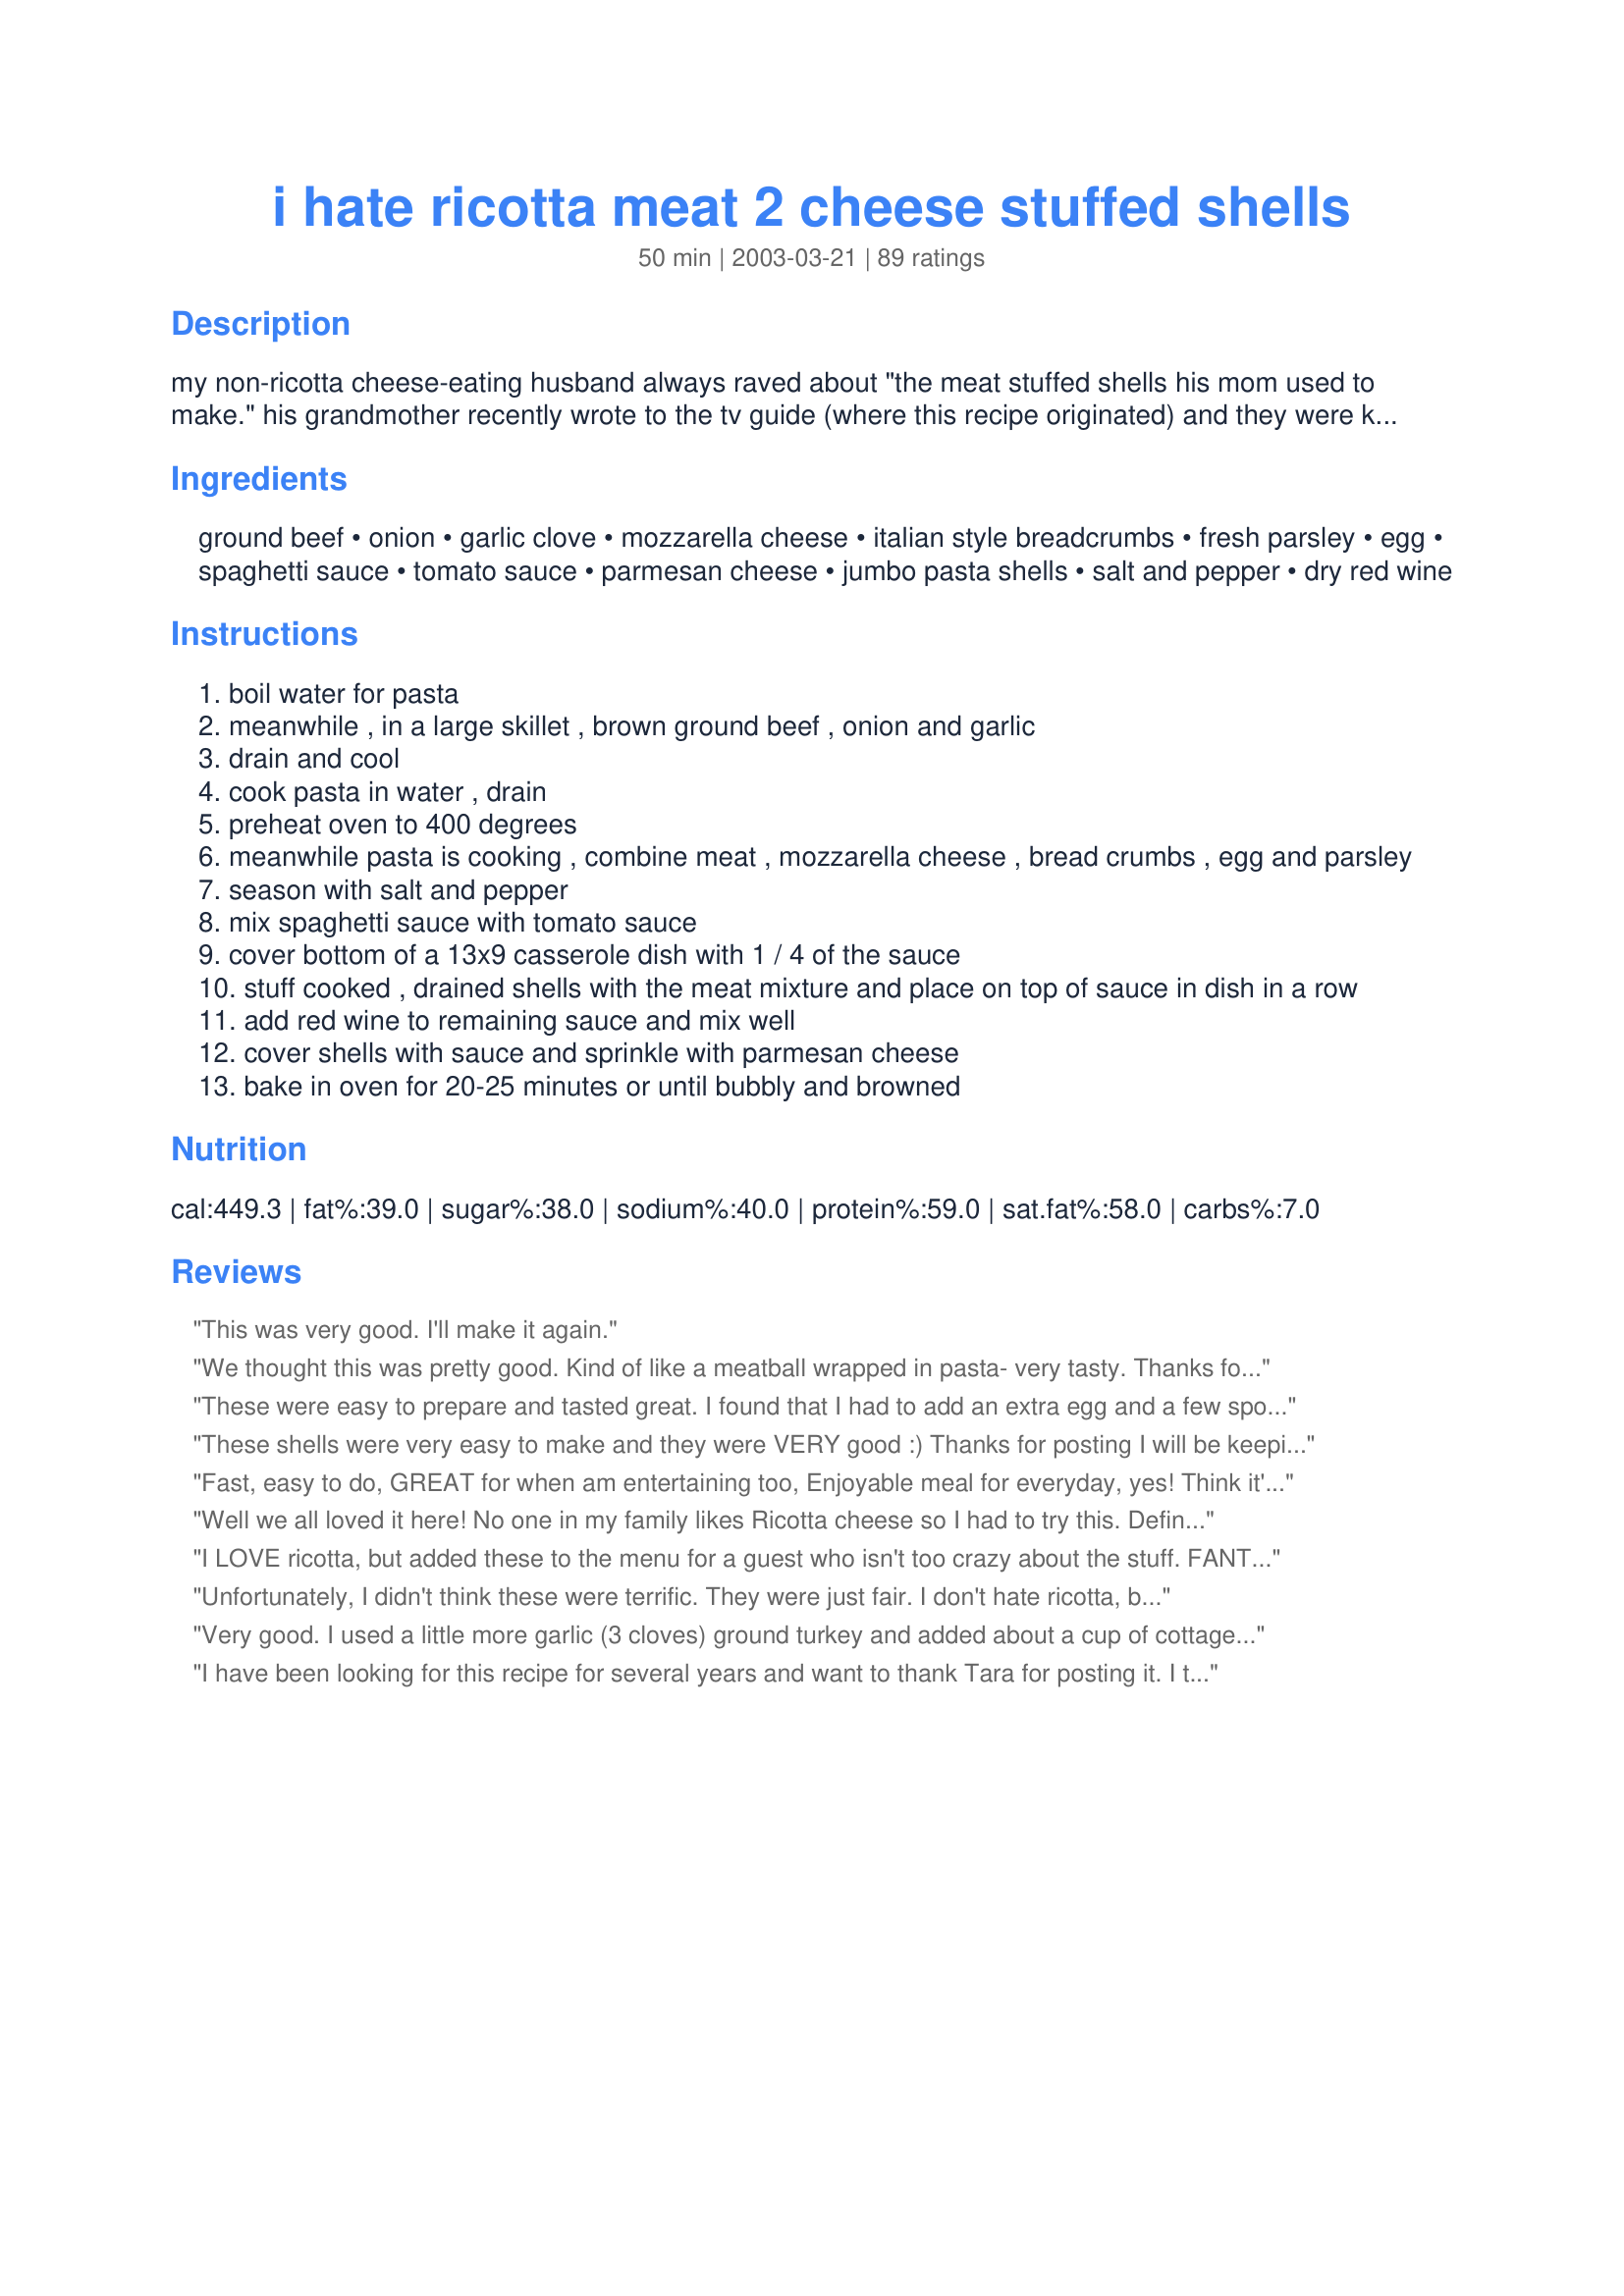
i hate ricotta meat 2 cheese stuffed shells
Preparation time: 50 minutes

my non-ricotta cheese-eating husband always raved about "the meat stuffed shells his mom used to make." his grandmother recently wrote to the tv guide (where this recipe originated) and they were kind enough to send back the recipe, dated september 13, 1976. i have to agree, these are delicious! serve with a tossed salad and garlic bread. the prep time includes the pasta/beef cooking; the cook time is the baking time for the casserole.

Ingredients:
ground beef, onion, garlic clove, mozzarella cheese, italian style breadcrumbs, fresh parsley, egg, spaghetti sauce, tomato sauce, parmesan cheese, jumbo pasta shells, salt and pepper, dry red wine

Steps:
boil water for pasta
meanwhile , in a large skillet , brown ground beef , onion and garlic
drain and cool
cook pasta in water , drain
preheat oven to 400 degrees
meanwhile pasta is cooking , combine meat , mozzarella cheese , bread crumbs , egg and parsley
season with salt and pepper
mix spaghetti sauce with tomato sauce
cover bottom of a 13x9 casserole dish with 1 / 4 of the sauce
stuff cooked , drained shells with the meat mixture and place on top of sauce in dish in a row
add red wine to remaining sauce and mix well
cover shells with sauce and sprinkle with parmesan cheese
bake in oven for 20-25 minutes or until bubbly and browned

Reviews:
This was very good. I'll make it again.
We thought this was pretty good. Kind of like a meatball wrapped in pasta- very tasty. Thanks for posting!
These were easy to prepare and tasted great. I found that I had to add an extra egg and a few spoonfuls of sauce to make the mixture stick together to make stuffing the shells easier, but this may have been my fault as the cooked meat was cold.Regardless it tasted wonderful. I did not have any red wine, so I left it out. Thanks for the recipe.
These shells were very easy to make and they were VERY good :) Thanks for posting I will be keeping this one handy!!
Fast, easy to do,
GREAT for when am entertaining too,
Enjoyable meal for everyday, yes!
Think it's the taste..no fuss to make that I like? GUESS!!! :)


Well we all loved it here! No one in my family likes Ricotta cheese so I had to try this. Definite keeper! I did use a blend of Parm and Romano cheese. Thanks Tara ; )
I LOVE ricotta, but added these to the menu for a guest who isn't too crazy about the stuff.
FANTASTIC! Thanks ever so much for sharing this. I will be making it again!
Unfortunately, I didn't think these were terrific. They were just fair. I don't hate ricotta, but was looking for an alternate way to make them. This didn't do it for my family, so I'll go back to traditional stuffed shells.
Very good. I used a little more garlic (3 cloves) ground turkey and added about a cup of cottage cheese. It is easy to make and one that I'll make again.
I have been looking for this recipe for several years and want to thank Tara for posting it. I think I first found it on the back of the shells box and have not been able to find a recipe with a meat filling since. My husband does not like the Ricotta filling either, but loves this one. THANKS Tara!!!
These were a big hit at our house and easy to make also! Thanks
This was good. I added extra garlic and used homeade spaghettis sauce. From now on I will make the kind with ricotta. We liked it but it tasted just like spaghetti and took more work. Thanks for posting. 
Donna
Yep, I'm not a big ricotta fan either. My recipe is a variation of yours in that I combine (cooked) lean ground beef and ground pork with my eggs, cheeses (I use parmesan, asiago, sharp provolone), bread crumbs, spices (oregano, sweet basil, parsley, salt & pepper), minced garlic, minced onion, and spinach filling before putting those big boys down in the "marinara pool" in my casserole dish - topping with a combo of mozarella, sliced baby portabellas, and sweet peppers. :0)
I love Ricotta but DH does not and so I made these especially for him and he loved them. I made the recipe as directed and it was perfect. I cooked some extra shells and stuffed them with the meat mixture then I placed them on a cookie and sheet to freeze. When they were frozen solid, I put them in a ziploc bag. Now when I am need of an easy supper I can pull them out, top them with sauce and bake in a covered dish until they are heated through. Thnaks for this great addition to my OAMC collection!
I absolutely loved this recipie! I wouldn't change a thing but next time my husband wants me to leave the wine out since he's not a fan of wine. We also had garlic bread and a salad and we were stuffed! :)
(4.5 STARS)
I was pleasantly surprised how good this turned out without the ricotta, me being a fan. I used 1.5lbs of ground turkey, half of a large yellow onion and omitted the tomato sauce and just used extra Prego Three Cheese spaghetti sauce. I was tempted to cook the sauce first and add my normal seasoning of sugar and soy sauce, but the wine (a red blend) was actually enough for the sauce. I was able to stuff 18, but had to place them in like sardines. The making of the dish was a little messy and hands on, and a baked ziti with less effort would have tasted just as good. I'm still glad I made it, and I think it's a great recipe for kids to get their hands dirty with.
Off-the-charts amazing. Adding this as a staple in my repertoire.
My Family Loved this Meal, It was very good. I followed the recipe and everything turned out great. Good Job.
This recipe is good and easy. I didn't have ricotta so it was perfect for what I needed. I also "baked" mine on the gas grill (20 minutes at just above 400 F). Turned out perfect. Thanks TheDancingCook!
We will pass next time. Sorry.
eek...I didn't rate this! Both DD and i have made this and LOVE it. (so this review should be 10 stars, lol. We have made it with beef....and with a mix of beef and Italian sausage. I MUCH prefer this to ricotta. Wonderful recipe!
delicious i will definetly make it again.
Oh, Yum City! These are incredibly good and finally, a stuffed shell recipe without ricotta! Admittedly, I did find one that's not "icky" (that's a scientific word) and is, instead hard and grate-able, but I didn't need to head to Whole Foods for a hunk in order to make this recipe. The first time I made this, I stuffed the shells too loosely, but packed them pretty well this time and we liked that much better.... to say nothing of the fact that they didn't fall apart this time *blush* We LOVED the sauce in this... I think the vino makes it. Oh, I also fried up some salt/pepper/garlic powder-seasoned mushrooms to garnish and we loved them! Thanks for a mighty fine keeper!
With my husband being a card carrying member of the "I Hate Ricotta" camp, these shells were a huge hit on the dinner table. My "jumbo shells" must not have been as large as others', though, because I had 24 shells in the pan stuffed near the point of explosion and still had meat mixture left - no more shells or room left in the pan, though. I must find true jumbo shells next time! Fabulous recipe.
We have never made stuffed shells before. This recipe was easy and so flavorful. We will definitely make this again and look for others like it. Super good!
I spent a lot of time on this recipe,making my homemade spaghetti sauce,and bread crumbs.
I didn't care for it,but dh said is was just ok,so the 2 stars.
Had high hopes for the recipe,maded the 18 shells(even tho there's just the 2 of us)planing on freezing the leftover shells.Well let's just say,I didn't do any freezing after dinner.
Sorry,the recipe just didn't work for us :0(
If these are made ahead to freeze, should you just freeze the shells without the sauce and use the sauce when you cook them.
This was so good. I've made it before and forgot to rate it. The only change I made was instead of the egg I used about 1/2 c of sauce. I thought this made it better from the first time I made it. Anyway thanks for a great recipe that I usually have all the ingredients for.
Lisa
These were delicious. I didn't have the wine so i used a little chicken broth and they still came out fantastic...definitely a keeper.
I LOVE RICOTTA! So, I didn't think I'd love these shells but I do! TWEAKS: 1) I added a good 3 cloves of minced garlic to the meat mixture. 2) Rather than adding the wine to the sauce, I added it to the meat mixture, then let it reduce so that the meat was flavored with the wine. 3) I was lazy and used a pre-shredded Italian Cheese blend 4) Yet again, I was lazy and used Rao's Marina sauce (which if I'm not making my own is by far the best jarred sauce on the market). HINT: These freeze very well. 1) Stuff the shells and place them on a cookie sheet, then place the cookie sheet in the freezer. 2) Once frozen, slip them into a Ziplock bag. 3) When ready to bake them, either defrost them in the microwave or simply cover them with aluminum foil and let them bake until they're cooked through. ENJOY
I made this recipe exactly as is, with the exception of using my own spaghetti sauce....I figured it would be good, but was surprised 'how' good!!! My husband is not fond of pasta dishes, other than spaghetti, but he absolutely raved about this. I froze a bunch, and I swear, they even improved after being frozen. Just a really tasty recipe, thank you!
Excellent! Family loved them. I think next time I'll add a little more cheese on top, only cause I love lots of cheese.
We loved this! Made a lot so we just froze the leftovers.
I had to jump on this one because "I hate ricotta" for sure.
These were perfect and I'm so glad you posted this recipe. Easy to make because you could just do one thing at a time and let them cool. My DD stopped by this morning and ate one cold. She almost fainted with pleasure and then took the leftovers home. Jeeze. lol. Your DH might like my Another Baked Ziti recipe #88175. without ricotta. Thanks again TaraK73 for this great recipe.
We absolutely loved these. They were very easy to prepare and tasted SO good. I left out the wine and parsley only because I didn't have either on hand. Other than that I followed the recipe exactly. These were gobbled up and well become a staple in my house. Thanks for the great recipe.
Not only do i hate ricotta, but my ever so wonderful boyfriend is "mr. protein" and not a fan of pasta dishes...HE LOVED THIS!!! these shells are SO great!!! and they are the PERFECT meal to make when company comes over because you can prepare them ahead of time then just throw them in the oven when you're ready to bake them. i actually used 1lb ground beef and a 1/2lb of sausage and they were DELICIOUS! this one is DEFINITELY going to be in the rotation...and the real beauty is, the leftovers are even BETTER the next day!! thank you for a BEYOND fabulous recipe. :-)
I love this recipe. Its really easy to make and since my husband would eat it every night if I would make it, I have learned it like the back of my hand. I only make half of the recipe since it's just the two of us and I also add the parmesan to the mix as well as the top. The hubby likes lots of cheese! Its a quick easy meal to make and stores well over night in the frig if you need to make it the day before. Wonderful TASTE!
I made my own spaghetti sauce and added extra garlic and mozzarella cheese. This dish was really good and everyone LOVED IT. I undercooked my pasta shells by 2 minutes as another reviewer suggested. I don't like overcooked pasta. Turned out perfectly. Thank you Dancing Cook.
This is a very good recipe that does not really require alot of time or work, but tastes delicious! I did use 1/2 sausage and 1/2 ground beef, but stayed true to the recipe other than that. I will make these again. Very nice job, and congrats on the win last week. :)
Yummy, I did add a little more spice to the sauce. I like Prudhomme's hot and sweet spice mix.
Perfect! My husband does not like ricotta at all! And I need stuffed shells! So this was great. The flavor was great and the texture was right on. I didn&#039;t use the tomato sauce or the wine. My 2 boys (4 and 2 years old) and my DH loved it. DH went back for seconds and the boys cleaned their plates! Keeper!
So good! I doubled the recipe and used Italian sausage for 1/2lbs. ground beef. I used the filling to stuff cannelloni crepes.
Delicious! I used homeade spaghetti sauce instead of the jarred, and used 3 cloves garlic instead of 1. Also shredded some mozzerella on top with the parmesan. I'll be making this often, even the picky eaters liked it.
These were good, pretty easy, not too time consuming. Really nice.
I enjoyed this much more than ricotta stuffed shells, The wine and the spaghetti sauce had such a great flavor combined together.
very good and very easy!!
I made these for dinner last night and they were great! My hubby & my 3 year old gobbled them up. I did add an extra egg because the meat mixture seemed too dry and wasn't sticking together at all. I also omitted the red wine because I didn't have any. I will definitely make this again!!
Very good! followed all the directions, and it came out very good! The only thing I changed was that I added more seasoning...I add cayenne to everything! lol
Made this for dinner tonight, and it was a huge hit! The filling was perfect. I made a few with a cheese filling, for my picky little one - but even she preferred the meat option! Thanks for a wonderful recipe!
I loved these!! They turned out so good...not at all as hard to make as I thought they would be. The only change I made was to sprinkle additional mozarella over the top, as well as the parmesan. My DH even ate 2 servings! Even my picky 3 year old ate hers up! thanks for a great recipe!
We made this dish for fathers day and the whole family loved it. I substituted soy mozzarella and soy parmesan cheese and it was delicious despite the change!! Definately a dish that I will be making again.
ITs not that i hate ricotta cheese but was looking for some thing different, this was it. Very nice change. Following day was even better.Thanks for posting this wonderfull receipe Tara...
Would certainly recommend this to anyone wishing some variety in their pasta dishes, its well worth it...
This was a good recipe. My picky husband loved it but I felt like there was just something missing.. a little hint of something but everyone loved it, even the kids. I will definitely do this one again!
A nice big batch of shells for us to enjoy, and we all did! I loved these so much better than stuffed with cheese only. Definately my new way to make stuffed shells. I may play around with the recipe and add different cheeses to see which ones we like the best. However, this is a wonderful recipe and one we will enjoy alot!
Excellent! I didn't believe all the filling was going to fit in 18 shells, so I made more. I wasted the extras because indeed, it fit perfectly in 18 shells. I think next time I will cook the spaghetti sauce and wine because 25 minutes in the oven was not enough time for the wine and sauce to meld together. I used high quality wine, but it stood out too much alone in the sauce. I also used ground venison instead of beef. Definitely a keeper!
Great recipe! I added a couple extra cloves of garlic and omitted the wine, but otherwise followed the recipe as written. I will definitely be making this dish again.
Wow these were so good!Definitely a nice change from spaghetti.Hubby loved them,he had two helpings and was looking like he would like to go for more but he was too full.Even my fussy four year old daughter gave it two thumbs up!I followed the instructions,except I left out the red wine because we didn't have any.This recipe is definitely a keeper,thanks to TheDancingCook for posting!
Love this recipe! I make it a lot but the wine is not needed.
These shells are delicious! I doubled the recipe for a small party we had and everyone loved it. There were no leftovers. The ingredients and prep aren't difficult and I know I will be making this again soon.
I really enjoyed this recipe...I had one very similiar to this one but too lazy to go looking for it in my many cookbooks....I liked the addition of the wine as I think it made it a richer sauce...thanks will make for my upcoming sunday dinners this winter.
very good, freezes well. Also works good made with vegetarian sausage.
I happened to have Rocotta on hand and very little Mozzarella so I used to former. It had great taste but I don't like the texture of the meat. My family loved it so I will make it again.
I recently saw something similar to this at the FoodNetwork in Giada de Laurentiis' show, Everydaw Italian. I wasn't able to jot everything down and so my recipe was incomplete. Thanks for posting, now I won't have to hunt for her book. I will definitely keep this recipe.
Soooooo Good!!! Even my mom who is the hardest person ever to please asked for this recipe. Thanks for sharing a great dinner
This was a good recipe to eliminate ricotta- the wine was not needed. I cook with wine all the time but this was not good. If the wine wasn't there I would have loved it. It is what it is- no need to jazz it up...
I made these using ground turkey and left out the wine. They were fabulous! I've made them for company and just for us. My 4 and 6 year old like them too, which is always a plus when I don't have to hear complaints about the meal! Thanks for this recipe!
My family doesn't like ricotta either so this recipe was great. It was easy and the mixture made enough to freeze half for another time. The wine was a little strong for our taste so I will be leaving it out next time. Thank you so much, I'll def make this again.
These are delicious! Everyone went back for seconds and agreed these are far better than cheese stuffed shells. I did make two changes though...I didn't have enough hamburger, so I did 1/2 hamburger and 1/2 turkey. I also did not have parsley, so I added some basil. I will definitely be making these again, especially since the hubby requested them for his lunches. :-)
I made this recipe for a nice get together with the kids. They all raved on how good this was. Would not change a thing in this recipe.
These were very good. I used red wine I had on hand (not sure if it was dry, but it worked out), omitted the parsley (didn't have any) and followed as directed. The only thing I may change is the italian bread crumbs. Maybe it was just the brand I had, but it was a strong flavor I didn't care for. Will make again trying some different bread crumbs. Thanks for sharing.
My family liked this! My daughter was sad when it was gone.
These were good but a bit time consuming to make. I omitted the wine and the tomato sauce but followed the rest of the recipe as written. I got 24 stuffed shells. I made these the night before and then cooked them after work. I did add another eight ounces of cheese on top before cooking. We enjoyed these.
I have a husband that hates ricotta so he got excited when he saw the name of the dish. I had to improvise a little when I went to the fridge to pull out the mozzarella. I had none, so I used 4 mozzarella sticks and used parmesan for the remainder of the cheese needed. It will be better next time with more cheese!We both loved it, thanks for posting!
My DH is not a cheese-eater of any kind, but he asked for these again. My kids loved them too. Thanks Dancing Cook!
We don't mind a little ricotta but these are a nice change of pace. I've been wanting to make them for a long time but it always seemed like a time consuming recipe stuffing each shell..but it was actually very simple and easy. Thanks for a new family favorite!
These were really good...
VERY GOOD! I don't care for ricotta cheese also, so when I came across this recipe I just had to try it. Even my 18 month old son loves them! Cheap and easy is the best way to put it. I will definately make them again. In fact...I think I will make them tonight!
This came out pretty good! It's nice to have a recipe for those that don't like ricotta.
We love this recipe! I've made them several times and it fits the bill perfectly for my dh who really can't stand soft cheese. I usually use ground turkey, and dried parsley. Thank you so much!
Very good! I have family members that are a little sensitive to dairy, so this is perfect for us! They can handle some cheese, but the Ricotta puts them over the edge-

Thanks for sharing : )
We loved these! We omitted the red wine, used ground turkey instead of beef, added mushrooms to the stuffing mixture, and put in manicotti shells (couldn't find jumbo shells). Tried another manicotti recipe tonight, and found myself wishing I'd just added the rapini I was using up to this recipe instead! Thank you!
We all REALLY liked these! I love the make ahead factor... they are perfect for making ahead of time and just popping in the oven to heat up. I made exactly as the recipe stated, had just the right amount of filling and no problems whatsoever with this recipe. Definitely a keeper as far as all 3 of us were concerned! Thanks for posting this recipe Tara!
This was so good a pleaser for sure especially in my house with two little ones. The only thing I changed was I took out the red wine because I had none, but it still was very good, definetly going to make again
These were very good. I ended up using a little less than 26 oz. of spaghetti sauce and omitted the red wine, because I didn't have any. Other than that I left the recipe pretty much the same. Very yummy!
If you cook the noodles halfway they come out perfect.
Great recipe I make these often in triple batches and flash freeze the shells and then later cook them up using our favorite canned spaghetti sauce (without wine) for an easy weeknight meal!
These are great!! I got 1 9*13 and 1 8*8 pan but that was OK cause we all ate seconds. One tip that was on the box of shells that I used was to only cook the shells 9 min then drain and dump out onto a cookie sheet. This was awesome advice because the shells didn't touch each other on the cookie sheet so they didn't stick together. And they were still firm enough to stuff with out them ripping. Definitely adding this to the Keeper file.
I made these awhile back and just now got around to rating them. We LOVED these shells! This was my first time ever making stuffed shells and I got rave reviews from everyone. Even picky DBF gave these a 4 which is unheard of from him! Thank you so much for posting this delicious recipe. These will be made a lot at my house.
We made this with alot of adults and kids both at our house. It was a hit with both. Thanks!
Loved this recipe! Aside from leaving out the parmesan cheese, which I am not a fan of, I followed this recipe exactly and loved it. I had some extra meat mixture and shells from the package, so I stuffed the extras and froze them, so I can just add sauce and bake for a quick dinner in the future. Thanks for a delicoius, ricotta-free dinner!
